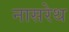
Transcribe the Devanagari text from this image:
नासरेथ